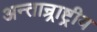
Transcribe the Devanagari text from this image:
अन्तान्र्राष्ट्रीय